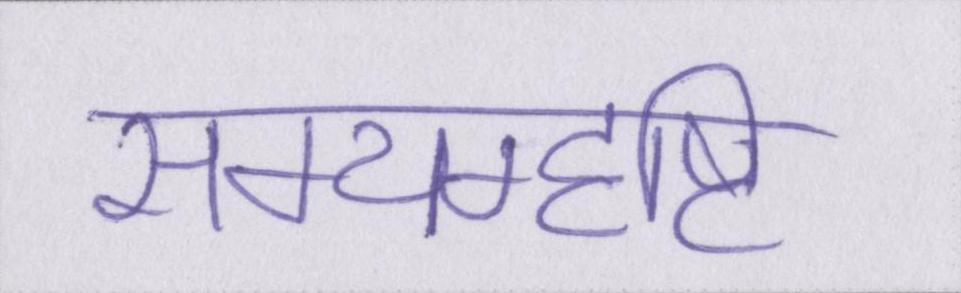
सम्यग्दृष्टि